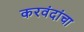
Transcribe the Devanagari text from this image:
करवंदांचा